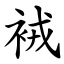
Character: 䘬